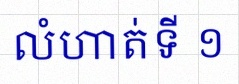
លំហាត់ទី ១